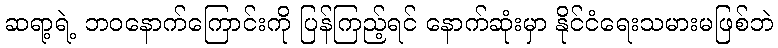
ဆရာ့ရဲ့ ဘဝနောက်ကြောင်းကို ပြန်ကြည့်ရင် နောက်ဆုံးမှာ နိုင်ငံရေးသမားမဖြစ်ဘဲ